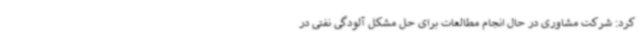
کرد: شرکت مشاوری در حال انجام مطالعات برای حل مشکل آلودگی نفتی در